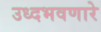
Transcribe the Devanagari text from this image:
उध्दभवणारे